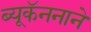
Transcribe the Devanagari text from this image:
ब्यूकॅननाने